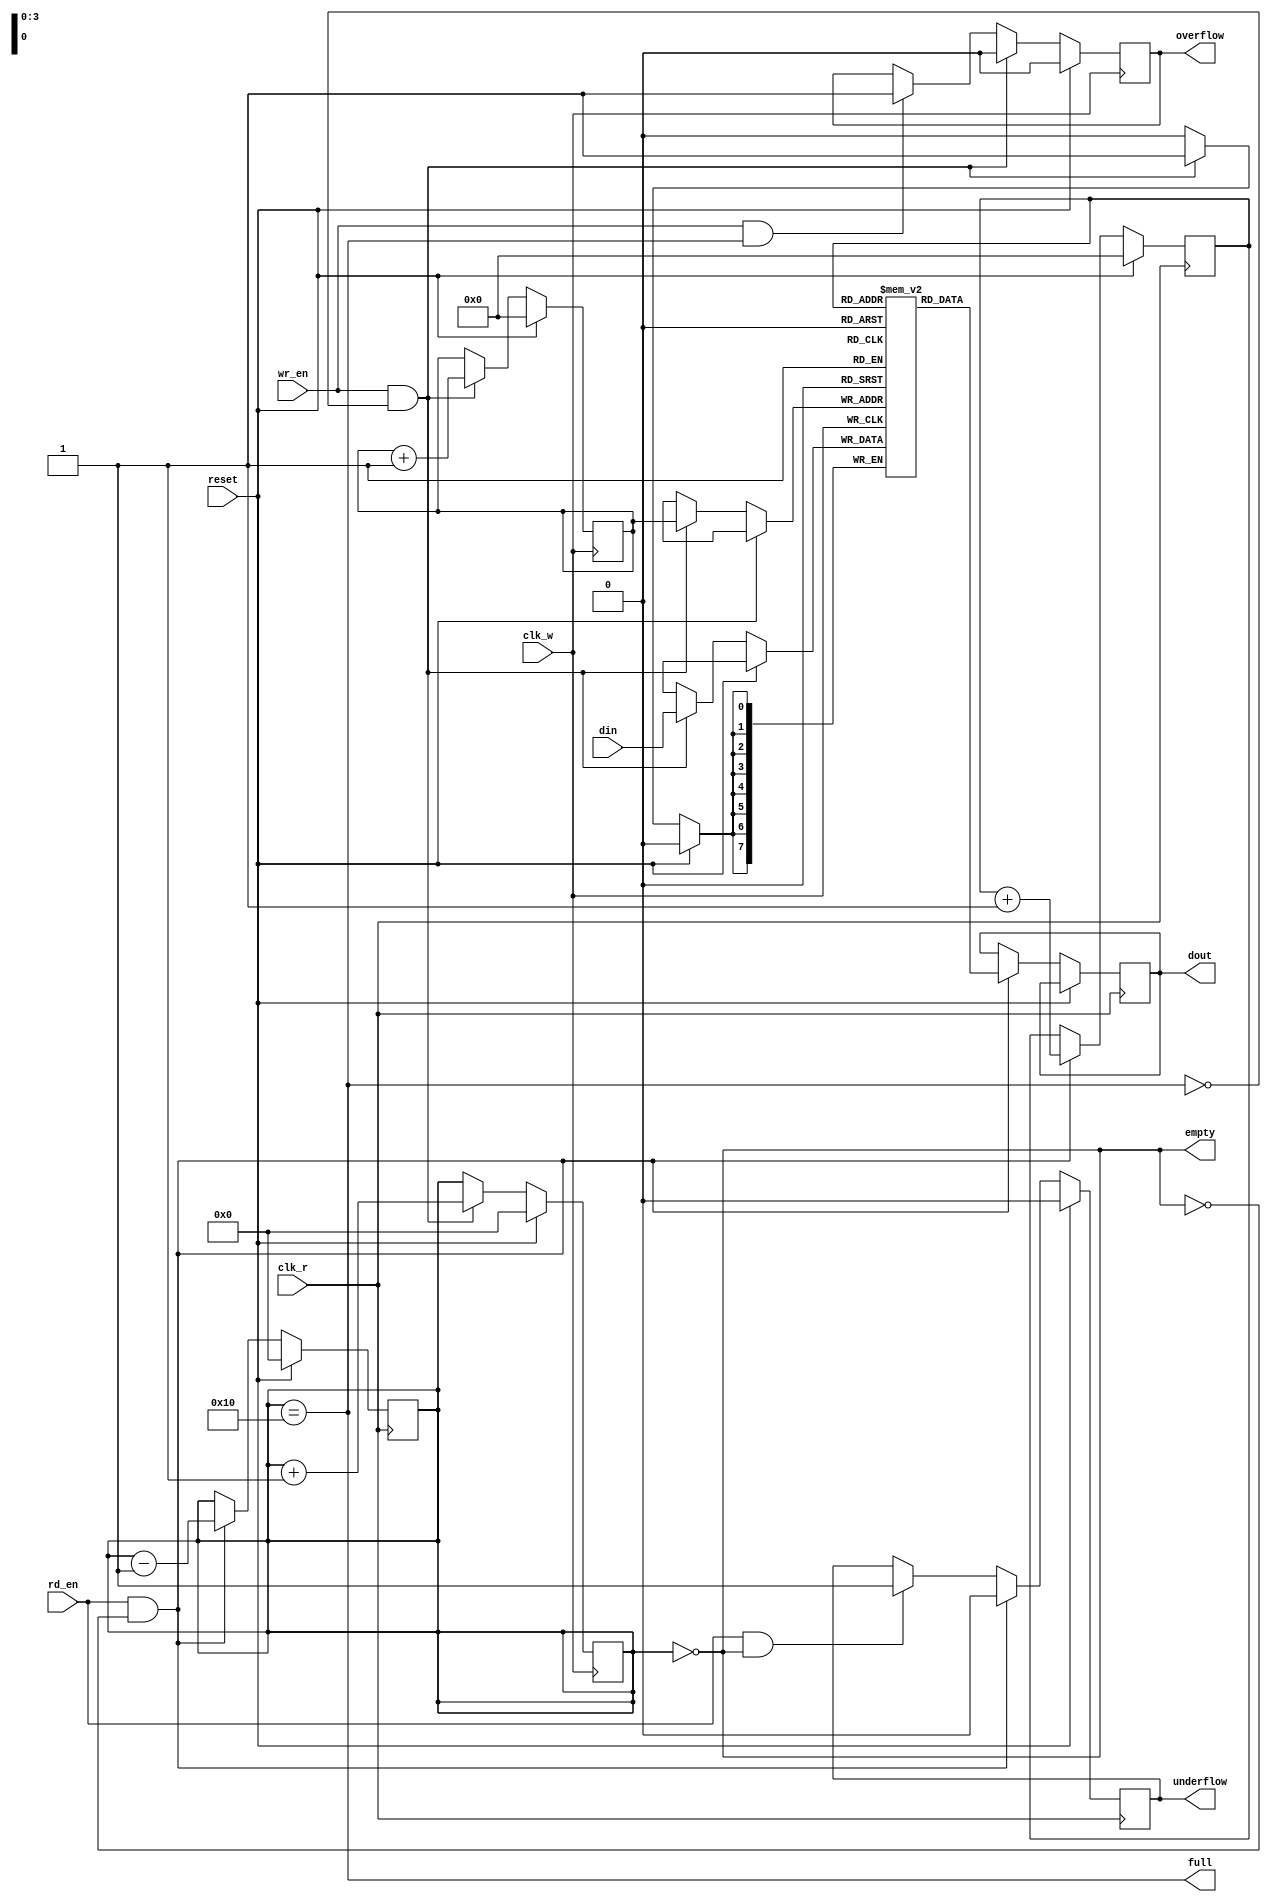
module dual_clock_fifo #(
    parameter DATA_WIDTH = 8,  // Width of each FIFO entry
    parameter DEPTH = 16        // Maximum number of entries in FIFO
)(
    input wire clk_w,              // Write clock
    input wire clk_r,              // Read clock
    input wire reset,              // Synchronous reset
    input wire wr_en,              // Write enable
    input wire rd_en,              // Read enable
    input wire [DATA_WIDTH-1:0] din, // Data input
    output reg [DATA_WIDTH-1:0] dout, // Data output
    output reg full,               // FIFO full indicator
    output reg empty,              // FIFO empty indicator
    output reg overflow,           // Overflow condition
    output reg underflow           // Underflow condition
);

localparam ADDR_WIDTH = $clog2(DEPTH); // Address width for the FIFO

// Memory declarations
reg [DATA_WIDTH-1:0] fifo_mem [0:DEPTH-1]; // FIFO memory
reg [ADDR_WIDTH-1:0] wp, rp;                // Write and read pointers
reg [ADDR_WIDTH:0] count;                   // Current count of entries

// Handle full and empty flags
always @(*) begin
    full = (count == DEPTH);
    empty = (count == 0);
end

// Write operation
always @(posedge clk_w) begin
    if (reset) begin
        wp <= 0;
        count <= 0;
        overflow <= 0;
    end else begin
        if (wr_en && !full) begin
            fifo_mem[wp] <= din;    // Write data into FIFO
            wp <= wp + 1'b1;
            count <= count + 1'b1;
            overflow <= 0;          // Clear overflow condition
        end else if (wr_en && full) begin
            overflow <= 1;          // Set overflow condition
        end
    end
end

// Read operation
always @(posedge clk_r) begin
    if (reset) begin
        rp <= 0;
        count <= 0;
        underflow <= 0;
    end else begin
        if (rd_en && !empty) begin
            dout <= fifo_mem[rp];   // Read data from FIFO
            rp <= rp + 1'b1;
            count <= count - 1'b1;
            underflow <= 0;         // Clear underflow condition
        end else if (rd_en && empty) begin
            underflow <= 1;         // Set underflow condition
        end
    end
end

endmodule